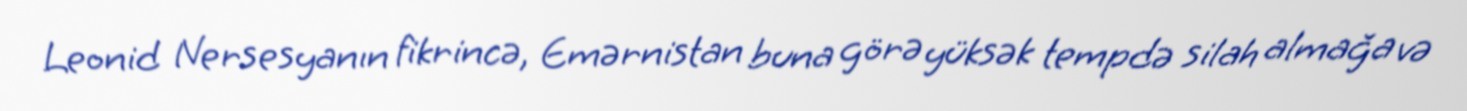
Leonid Nersesyanın fikrincə, Emərnistan buna görə yüksək tempdə silah almağa və